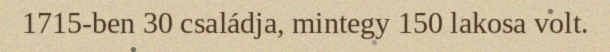
1715-ben 30 családja, mintegy 150 lakosa volt.